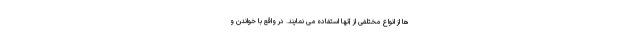
ها از انواع مختلفی از آنها استفاده می نمایند. در واقع با خواندن و